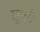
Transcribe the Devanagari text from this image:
खूनही